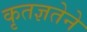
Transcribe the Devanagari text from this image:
कृतज्ञतेने